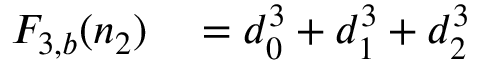
\begin{array} { r l } { F _ { 3 , b } ( n _ { 2 } ) } & { { } = d _ { 0 } ^ { 3 } + d _ { 1 } ^ { 3 } + d _ { 2 } ^ { 3 } } \end{array}